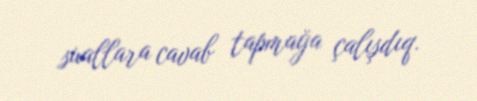
suallara cavab tapmağa çalışdıq.